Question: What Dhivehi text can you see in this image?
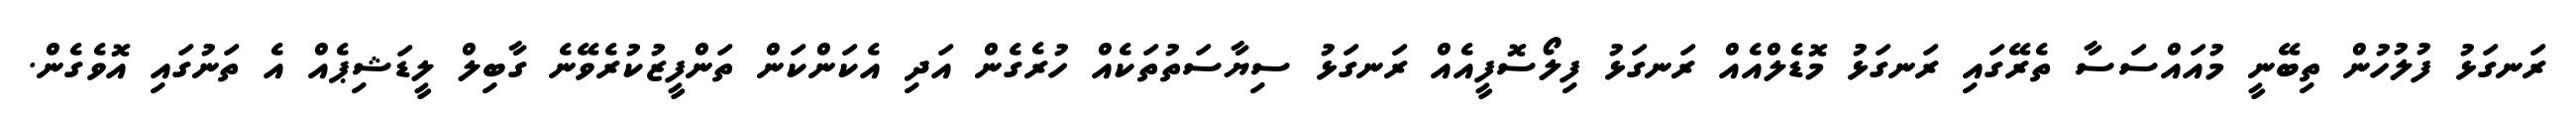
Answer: ރަނގަޅު ފުލުހުން ތިބޭނީ މުއައްސަސާ ތެރޭގައި ރަނގަޅު މޮޑެލްއެއް ރަނގަޅު ފިލޯސޮފީއެއް ރަނގަޅު ސިޔާސަތުތަކެއް ހުރެގެން އަދި އެކަންކަން ތަންފީޒުކުރެވޭނެ ގާބިލް ލީޑަޝިޕެއް އެ ތަނުގައި އޮވެގެން.